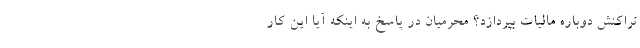
تراکنش دوباره مالیات بپردازد؟ محرمیان در پاسخ به اینکه آیا این کار